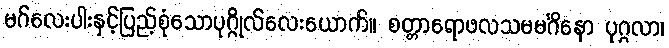
မဂ်လေးပါးနှင့်ပြည့်စုံသောပုဂ္ဂိုလ်လေးယောက်။ စတ္တာရောဖလသမမင်္ဂိနော ပုဂ္ဂလာ၊